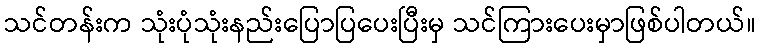
သင်တန်းက သုံးပုံသုံးနည်းပြောပြပေးပြီးမှ သင်ကြားပေးမှာဖြစ်ပါတယ်။